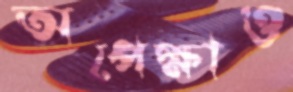
অপেক্ষাও